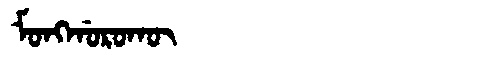
Manchu: ᠮᠣᠩᡤᠣᡵᠣᡴᡡ
Romanization: MONGGOROKŪ